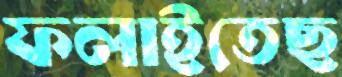
ফলাইতেছ